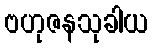
ဗဟုဇနသုခါယ